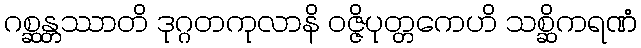
ဂစ္ဆန္တဿာတိ ဒုဂ္ဂတကုလာနိ ဝဇ္ဇိပုတ္တကေဟိ သစ္ဆိကရဏံ